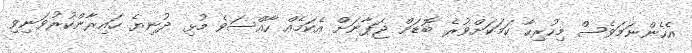
އެހެންނަމަވެސް މިހުރިހާ ކަމަކަށްވުރެ ބޮޑަށް ޖަޕާނަށް އެކަމެއް ހާއްސަވެ މުޅި ދުނިޔެ ހައިރާންކުރުވަނިވި